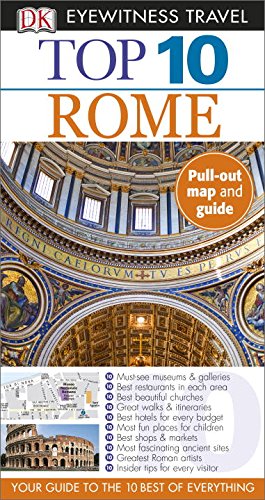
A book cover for Top 10 Rome (Eyewitness Top 10 Travel Guide); Reid Bramblett; History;